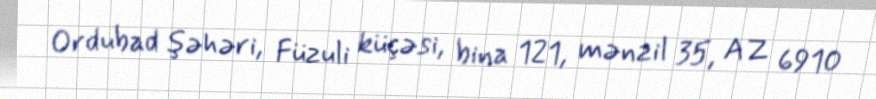
Ordubad şəhəri, Füzuli küçəsi, bina 121, mənzil 35, AZ 6910